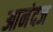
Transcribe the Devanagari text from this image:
आनंदज